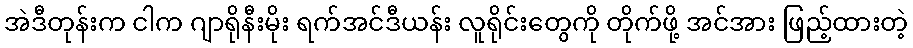
အဲဒီတုန်းက ငါက ဂျာရိုနီးမိုး ရက်အင်ဒီယန်း လူရိုင်းတွေကို တိုက်ဖို့ အင်အား ဖြည့်ထားတဲ့